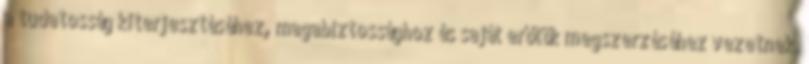
a tudatosság kiterjesztéséhez, magabiztossághoz és saját erőtök megszerzéséhez vezetnek.